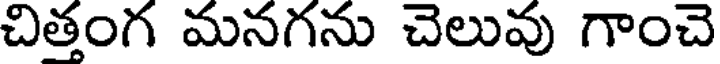
చిత్తంగ మనగను చెలువు గాంచె